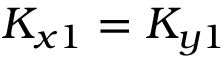
K _ { x 1 } = K _ { y 1 }